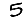
Digit: 5